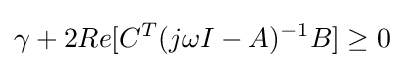
\gamma +2Re[C^{T}(j\omega I-A)^{-1}B]\geq 0